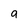
Character: 9